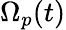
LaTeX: \Omega_{p}(t)